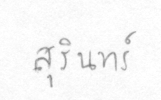
สุรินทร์